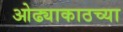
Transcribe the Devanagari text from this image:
ओढ्याकाठच्या